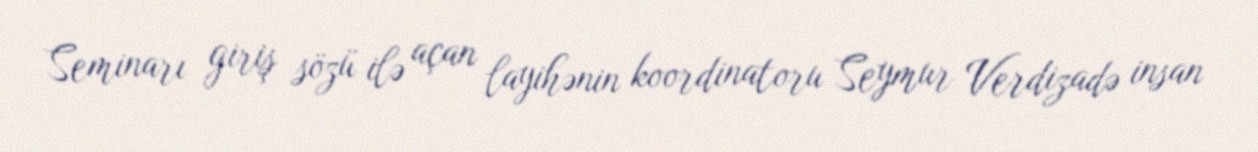
Seminarı giriş sözü ilə açan layihənin koordinatoru Seymur Verdizadə insan